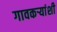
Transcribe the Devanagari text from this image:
गावकऱ्यांशी